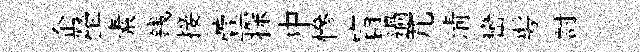
企塋素銭接萱探中慘盲過芃清巒髣討